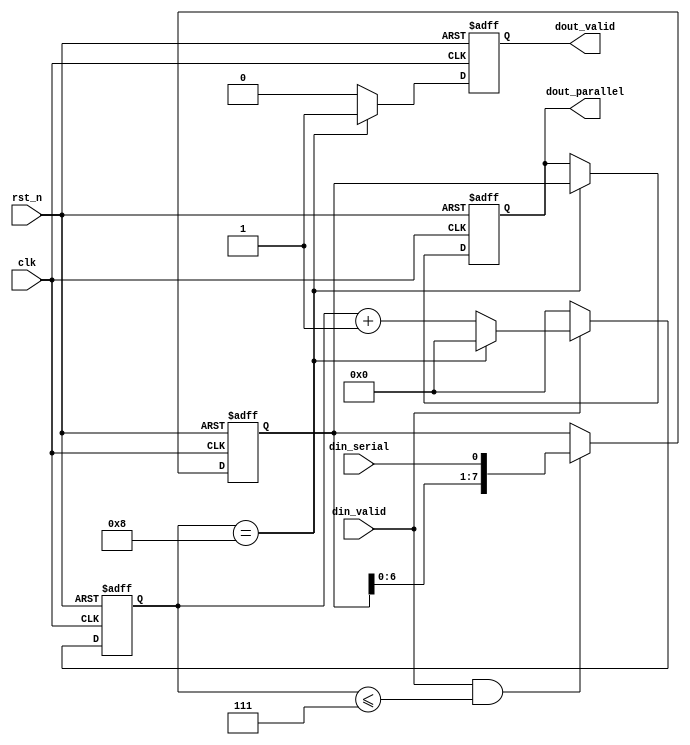

module verified_serial2parallel(
	input clk,
	input rst_n,
	input din_serial,
	input din_valid,
	output reg [7:0]dout_parallel,
	output reg dout_valid
);

	reg[7:0]din_tmp;
	reg[3:0]cnt;
	
	always@(posedge clk or negedge rst_n)begin
		if(!rst_n)
			cnt <= 0;
		else if(din_valid)
			cnt <= (cnt == 4'd8)?0:cnt+1'b1;
		else	
			cnt <= 0;
	end
	
	always@(posedge clk or negedge rst_n)begin
		if(!rst_n)
			din_tmp <= 8'b0;
		else if(din_valid && cnt <= 4'd7)
			din_tmp <= {din_tmp[6:0],din_serial};
	
	end 
	
	always@(posedge clk or negedge rst_n)begin
		if(!rst_n)begin
			dout_valid <= 1'b0;
			dout_parallel <= 8'b0;
		end
		else if(cnt == 4'd8)begin
			dout_valid <= 1'b1;
			dout_parallel <= din_tmp;
		end
		else begin
			dout_valid <= 1'b0;
		end
	end 
	
endmodule